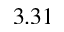
3 . 3 1